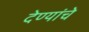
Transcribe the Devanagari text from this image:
देण्यांचे